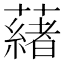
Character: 𬟋